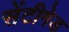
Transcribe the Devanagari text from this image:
सेंटीगेड